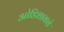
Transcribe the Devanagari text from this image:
ओडिशाकडे